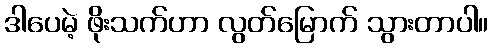
ဒါပေမဲ့ ဖိုးသက်ဟာ လွတ်မြောက် သွားတာပါ။